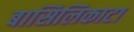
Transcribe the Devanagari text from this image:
बासिलिकाटा